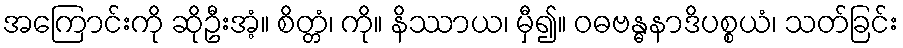
အကြောင်းကို ဆိုဦးအံ့။ စိတ္တံ၊ ကို။ နိဿာယ၊ မှီ၍။ ဝဓဗန္ဓနာဒိပစ္စယံ၊ သတ်ခြင်း